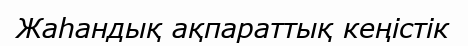
Жаһандық ақпараттық кеңістік